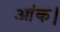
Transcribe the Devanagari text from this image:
आंक।